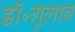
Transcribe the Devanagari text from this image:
डॉ॰गुलाब